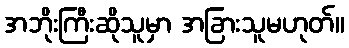
အဘိုးကြီးဆိုသူမှာ အခြားသူမဟုတ်။